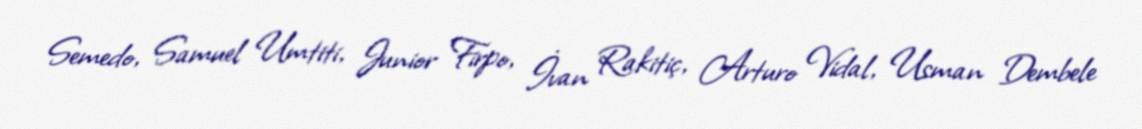
Semedo, Samuel Umtiti, Junior Firpo, İvan Rakitiç, Arturo Vidal, Usman Dembele